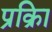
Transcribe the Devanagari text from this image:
प्रक्रिा